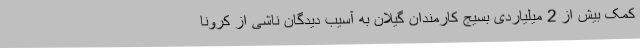
کمک بیش از 2 میلیاردی بسیج کارمندان گیلان به آسیب دیدگان ناشی از کرونا